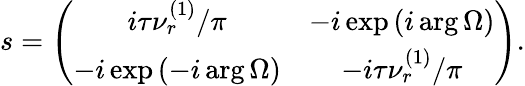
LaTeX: s=\left(\begin{array}{cc}{i\tau\nu_{r}^{\left(1\right)}/\pi}&{-i\exp\left(i\arg\Omega\right)}\\ {-i\exp\left(-i\arg\Omega\right)}&{-i\tau\nu_{r}^{\left(1\right)}/\pi}\end{array}\right).